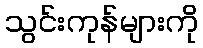
သွင်းကုန်များကို